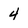
Character: 4